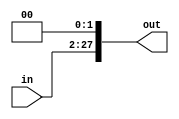
module shift_pc(
    input [25:0] in,
    output [27:0] out
    );
    
    
    assign out = {in,2'b0};
    
endmodule